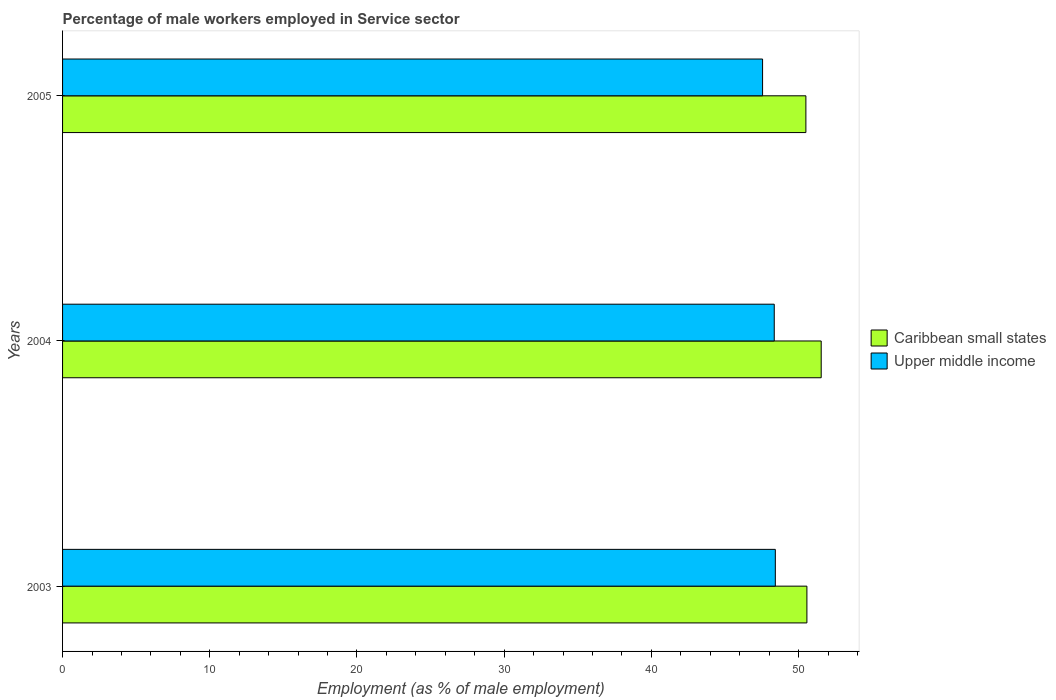
| Years | Caribbean small states | Upper middle income |
 | --- | --- | --- |
 | 2003 | 50.6 | 48.4 |
 | 2004 | 51.5 | 48.3 |
 | 2005 | 50.5 | 47.6 |